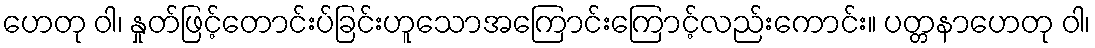
ဟေတု ဝါ၊ နှုတ်ဖြင့်တောင်းပ်ခြင်းဟူသောအကြောင်းကြောင့်လည်းကောင်း။ ပတ္တနာဟေတု ဝါ၊